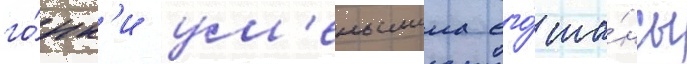
го́нк'и ум'еньшила его́ ша́нсы